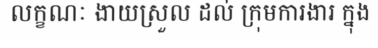
លក្ខណៈ ងាយស្រួល ដល់ ក្រុមការងារ ក្នុង